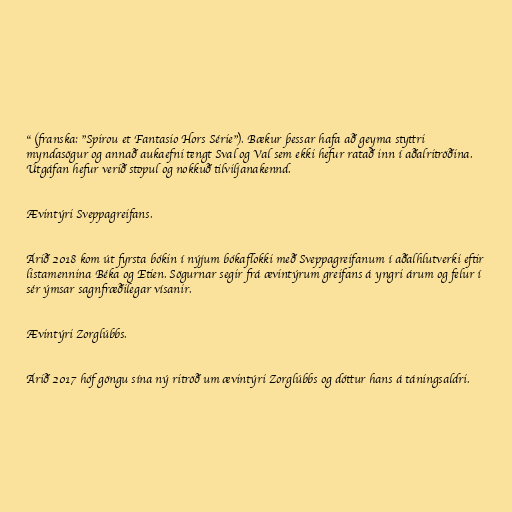
" (franska: "Spirou et Fantasio Hors Série"). Bækur þessar hafa að geyma styttri
myndasögur og annað aukaefni tengt Sval og Val sem ekki hefur ratað inn í aðalritröðina.
Útgáfan hefur verið stopul og nokkuð tilviljanakennd.

Ævintýri Sveppagreifans.

Árið 2018 kom út fyrsta bókin í nýjum bókaflokki með Sveppagreifanum í aðalhlutverki eftir
listamennina Béka og Etien. Sögurnar segir frá ævintýrum greifans á yngri árum og felur í
sér ýmsar sagnfræðilegar vísanir.

Ævintýri Zorglúbbs.

Árið 2017 hóf göngu sína ný ritröð um ævintýri Zorglúbbs og dóttur hans á táningsaldri.